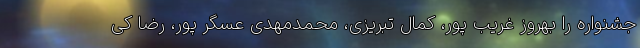
جشنواره را بهروز غریب پور، کمال تبریزی، محمدمهدی عسگر پور، رضا کی